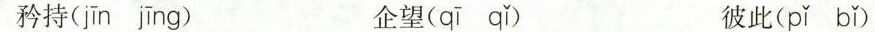
矜持( jīn jīng ) 企望( qī qǐ ) 彼此( pǐ bǐ )